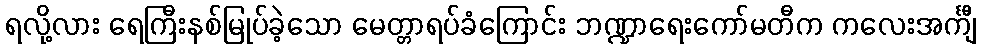
ရလို့လား ရေကြီးနစ်မြုပ်ခဲ့သော မေတ္တာရပ်ခံကြောင်း ဘဏ္ဍာရေးကော်မတီက ကလေးအင်္ကျီ